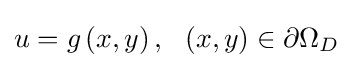
u=g\left(x,y\right),\ \ \left(x,y\right)\in \partial \Omega _{D}